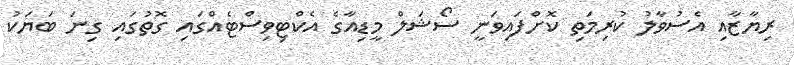
ރިޔާޒާއި އެސުވާލު ކުރިމަތި ކޮށްފައިވަނީ ސޯޝަލް މީޑިއާގެ އެކްޓިވިސްޓެއްގައި ގޮތުގައި ގިނަ ބަޔަކު